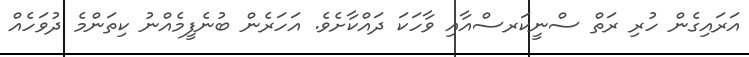
އަރައިގެން ހުރި ރަތް ސްނީކަރސްއާއި ވާހަކަ ދައްކާށެވެ. އަހަރެން ބުނެފީމެއްނު ކިތަންމެ ދުވަހެއް